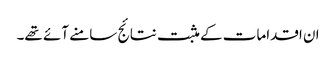
ان اقدامات کے مثبت نتائج سامنے آئے تھے۔